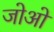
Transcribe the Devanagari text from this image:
जोओं